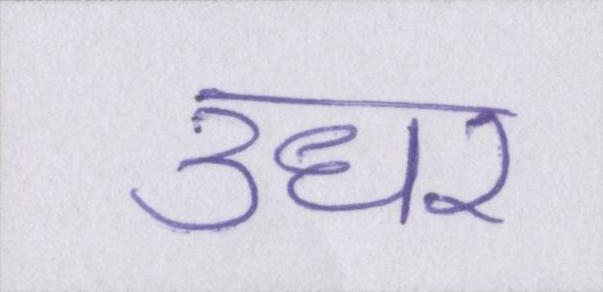
उधर